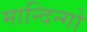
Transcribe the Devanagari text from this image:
मान्दिन्गो